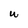
Character: U